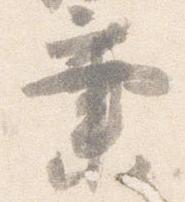
業